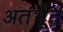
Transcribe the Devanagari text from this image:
अतंर्भूत